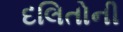
દલિતોની